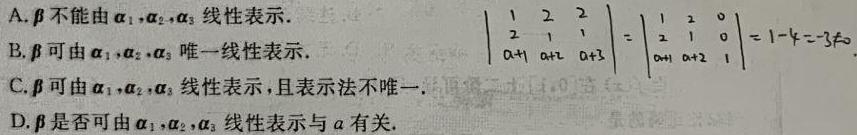
A. $\boldsymbol{\beta}$不能由$\boldsymbol{\alpha}_{1},\boldsymbol{\alpha}_{2},\boldsymbol{\alpha}_{3}$线性表示.
B. $\boldsymbol{\beta}$可由$\boldsymbol{\alpha}_{1},\boldsymbol{\alpha}_{2},\boldsymbol{\alpha}_{3}$唯一线性表示.
C. $\boldsymbol{\beta}$可由$\boldsymbol{\alpha}_{1},\boldsymbol{\alpha}_{2},\boldsymbol{\alpha}_{3}$线性表示，且表示法不唯一.
D. $\boldsymbol{\beta}$是否可由$\boldsymbol{\alpha}_{1},\boldsymbol{\alpha}_{2},\boldsymbol{\alpha}_{3}$线性表示与$a$有关.
$\begin{vmatrix}
1&2&2\\
2&1&1\\
a + 1&a + 2&a + 3
\end{vmatrix}=\begin{vmatrix}
1&2&0\\
2&1&0\\
a + 1&a + 2&1
\end{vmatrix}=1 - 4=-3\neq0$